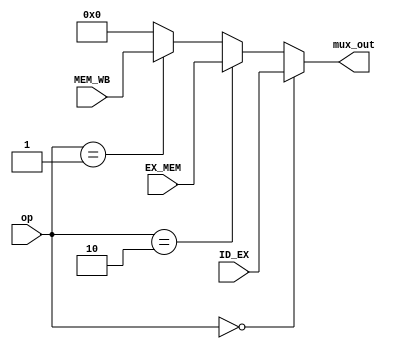
module FORWARDING_MUX(ID_EX, EX_MEM, MEM_WB, op, mux_out);
    input [31:0] ID_EX, EX_MEM, MEM_WB;
    input [1:0] op;
    output reg [31:0] mux_out;
    
    always @(ID_EX, EX_MEM, MEM_WB, op) begin
        if(op == 2'b00) begin
            mux_out <= ID_EX;
        end else if(op == 2'b10) begin
            mux_out <= EX_MEM;
        end else if(op == 2'b01) begin
            mux_out <= MEM_WB;
        end else begin
            mux_out <= 32'b0;
        end  
    end
    
endmodule